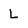
Character: L